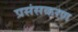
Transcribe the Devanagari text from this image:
प्रसंसकरण